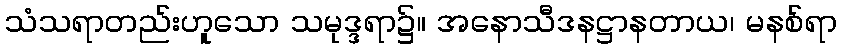
သံသရာတည်းဟူသော သမုဒ္ဒရာ၌။ အနောသီဒနဋ္ဌာနတာယ၊ မနစ်ရာ